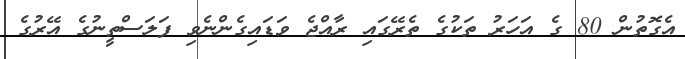
އެގޮތުން 80 ގެ އަހަރު ތަކުގެ ތެރޭގައި ރާއްޖެ ވަޑައިގެންނެވި ފަލަސްތީނުގެ އޭރުގެ